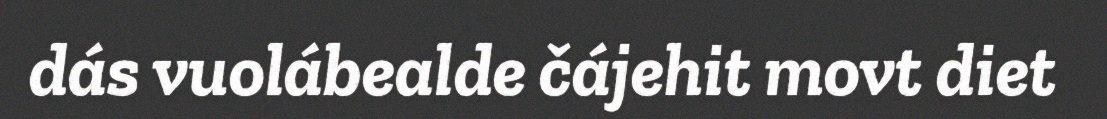
dás vuolábealde čájehit movt diet